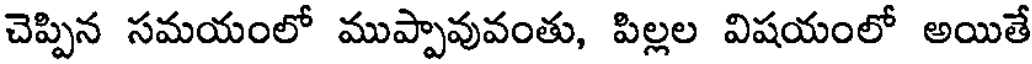
చెప్పిన సమయంలో ముప్పావువంతు, పిల్లల విషయంలో అయితే